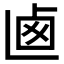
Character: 𠧱